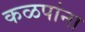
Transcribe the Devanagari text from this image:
कळपांना